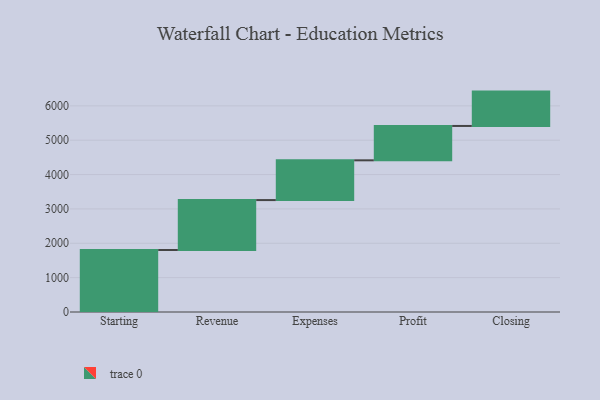
{"axis": {"x": "Step", "y": "Value"}, "legend": [""], "data": [{"x": "Starting", "y": 1804.0, "type": ""}, {"x": "Revenue", "y": 1453.0, "type": ""}, {"x": "Expenses", "y": 1157.0, "type": ""}, {"x": "Profit", "y": 1000, "type": ""}, {"x": "Closing", "y": 1000, "type": ""}]}